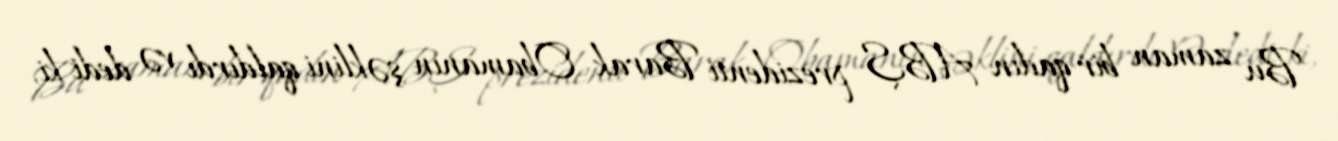
Bu zaman bir qadın ABŞ prezidenti Barak Obamanın şəklini qaldırdı və dedi ki,